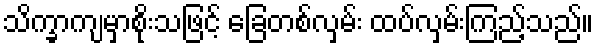
သိက္ခာကျမှာစိုးသဖြင့် ခြေတစ်လှမ်း ထပ်လှမ်းကြည့်သည်။